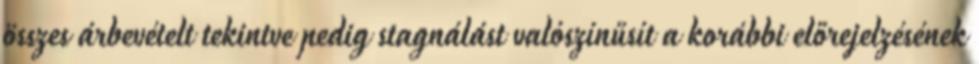
összes árbevételt tekintve pedig stagnálást valószínűsít a korábbi előrejelzésének